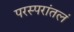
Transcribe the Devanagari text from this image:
परस्परांतलं